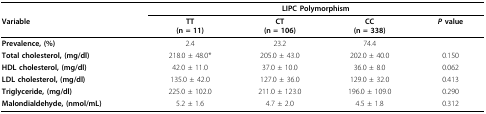
|  | <COLSPAN=4> LIPC Polymorphism |
 | Variable | TT(n = 11) | CT(n = 106) | CC(n = 338) | P value |
 | --- | --- | --- | --- | --- |
 | Prevalence, (%) | 2.4 | 23.2 | 74.4 |  |
 | Total cholesterol, (mg/dl) | 218.0 ± 48.0* | 205.0 ± 43.0 | 202.0 ± 40.0 | 0.150 |
 | HDL cholesterol, (mg/dl) | 42.0 ± 11.0 | 37.0 ± 10.0 | 36.0 ± 8.0 | 0.062 |
 | LDL cholesterol, (mg/dl) | 135.0 ± 42.0 | 127.0 ± 36.0 | 129.0 ± 32.0 | 0.413 |
 | Triglyceride, (mg/dl) | 225.0 ± 102.0 | 211.0 ± 123.0 | 196.0 ± 109.0 | 0.290 |
 | Malondialdehyde, (nmol/mL) | 5.2 ± 1.6 | 4.7 ± 2.0 | 4.5 ± 1.8 | 0.312 |